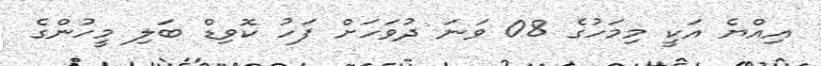
އިއްޔެ އަކީ މިމަހުގެ 08 ވަނަ ދުވަހަށް ފަހު ކޮވިޑް ބަލި މީހުންގެ